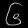
Digit: ၆